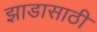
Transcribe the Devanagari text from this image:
झाडासाठी